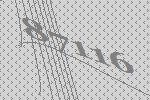
87116